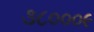
૩૮૦૦૦૯